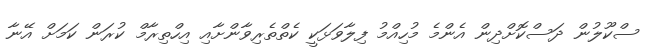
ސްކޫލުން ދަސްކޮށްދިން އެންމެ މުހިއްމު ފިލާވަޅަކީ ކެތްތެރިވާންށާއި އިހްތިރާމް ކުރަން ކަމަށް އޭނާ